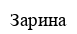
Зарина